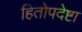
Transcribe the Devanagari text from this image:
हितोपदेष्टा